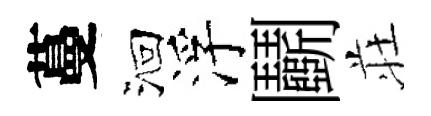
蔓洄浮鬬荘